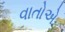
વાતોએ